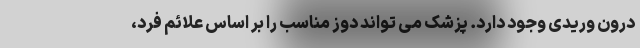
درون وریدی وجود دارد. پزشک می تواند دوز مناسب را بر اساس علائم فرد،